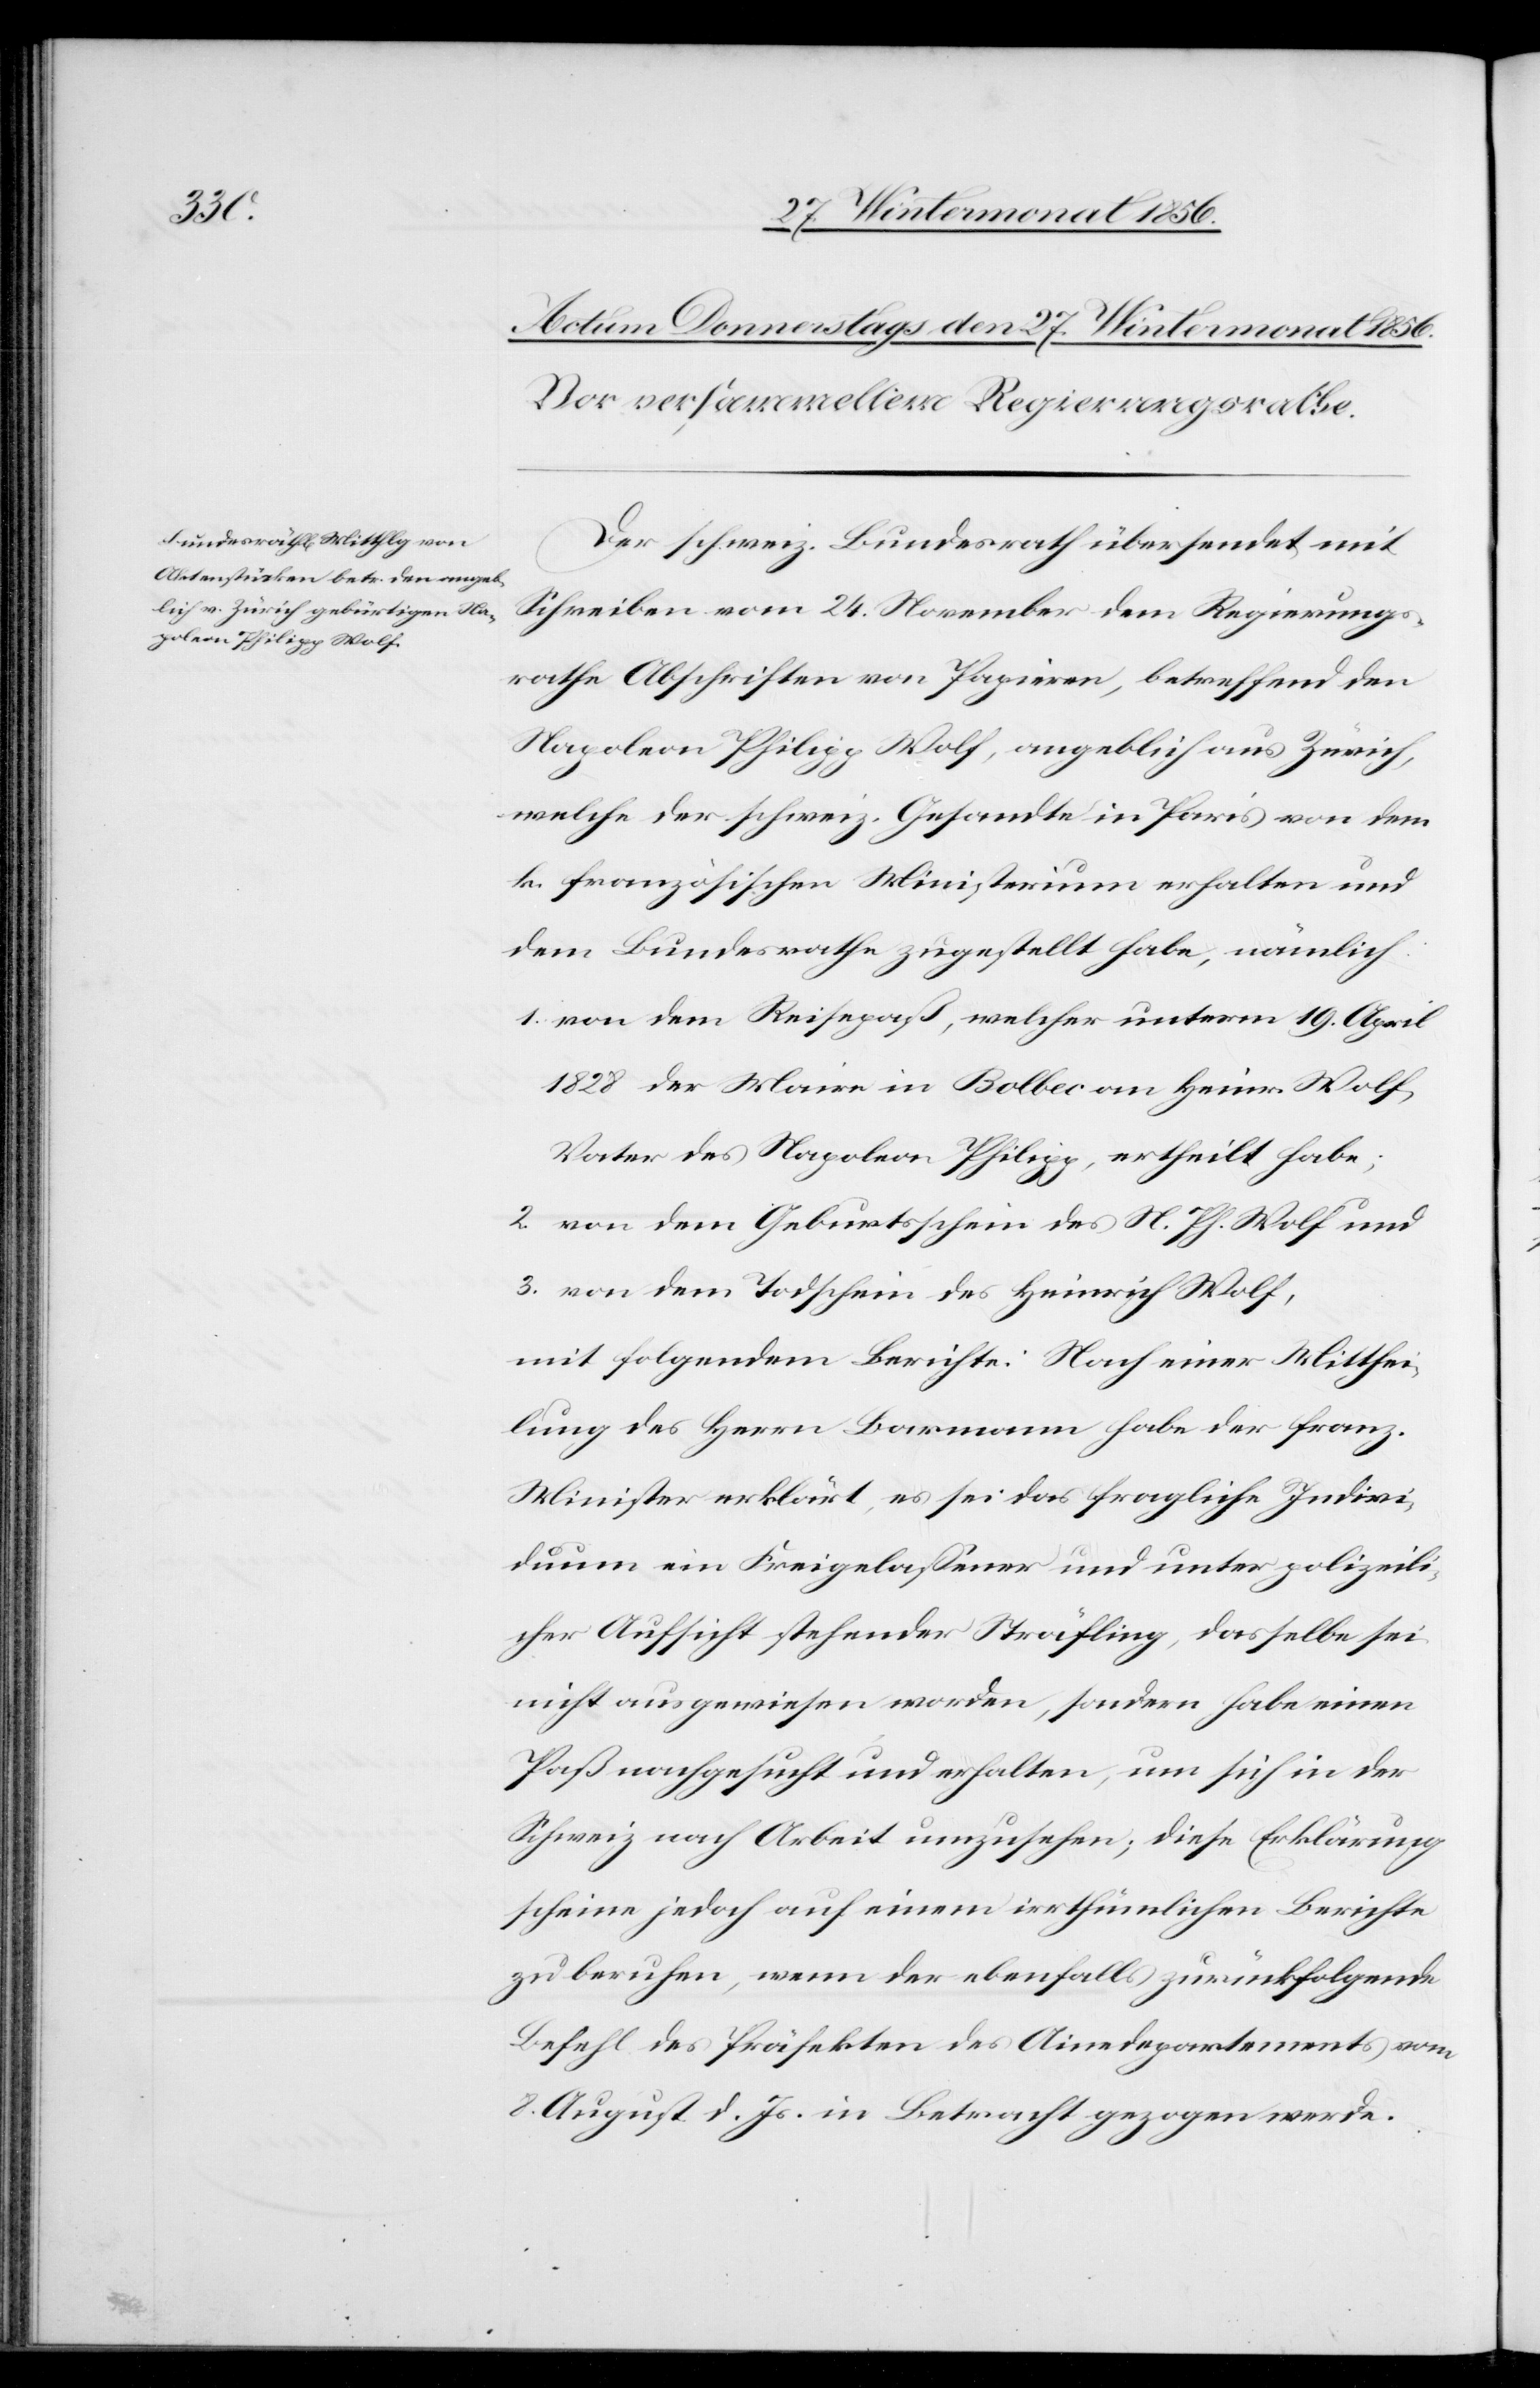
Der schweiz. Bundesrath übersendet mit
Schreiben vom 24. November dem Regierungs¬
rathe Abschriften von Papieren, betreffend den
Napoleon Philipp Wolf, angeblich aus Zürich,
welche der schweiz. Gesandte in Paris von dem
k. französischen Ministerium erhalten und
dem Bundesrathe zugestellt habe, nämlich:
1. von dem Reisepaß, welcher unterm 19. April
1828 der Maire in Bolbec an Heinr. Wolf,
Vater des Napoleon Philipp, ertheilt habe;
2. von dem Geburtsschein des N. Ph. Wolf und
3. von dem Todschein des Heinrich Wolf,
mit folgendem Berichte: Nach einer Mitthei¬
lung des Herrn Barmann habe der franz.
Minister erklärt, es sei das fragliche Indivi¬
duum ein Freigelassener und unter polizeili¬
cher Aufsicht stehender Sträfling, dasselbe sei
nicht ausgewiesen worden, sondern habe einen
Paß nachgesucht und erhalten, um sich in der
Schweiz nach Arbeit umzusehen; diese Erklärung
scheine jedoch auf einem irrthümlichen Berichte
zu beruhen, wenn der ebenfalls zurückfolgende
Befehl des Präfekten des Ainedepartements vom
8. August d. Js in Betracht gezogen werde.